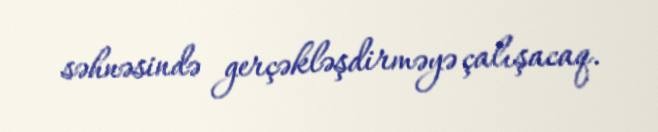
səhnəsində gerçəkləşdirməyə çalışacaq.